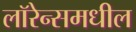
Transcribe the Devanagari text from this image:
लॉरेन्समधील